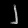
Digit: ၂